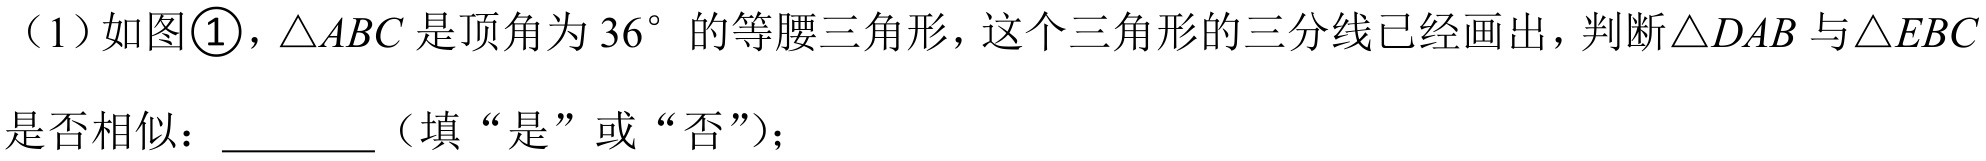
（1）如图\textcircled{1}，\(\triangle ABC\) 是顶角为 \(36^{\circ}\) 的等腰三角形，这个三角形的三分线已经画出，判断\(\triangle DAB\) 与\(\triangle EBC\)
是否相似：\(\underline{\quad\quad}\)（填“是”或“否”）；